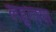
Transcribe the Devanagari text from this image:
लहुगाया